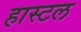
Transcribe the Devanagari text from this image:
हास्टल